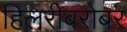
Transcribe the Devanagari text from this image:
हिलरीबरोबर